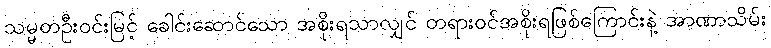
သမ္မတဦးဝင်းမြင့် ခေါင်းဆောင်သော အစိုးရသာလျှင် တရားဝင်အစိုးရဖြစ်ကြောင်းနဲ့ အာဏာသိမ်း